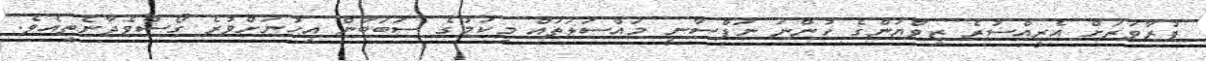
ފުރާވަރަށް އެރީއްސުރެ ޒިވްޔަންގެ ހުންނަ ނަފްސާނީ މައްސަލަތައް މިކަމުގެ ސަބަބުން އިހުނަށްވުރެ ގޯސްވެދާނެތީއެވެ.